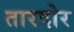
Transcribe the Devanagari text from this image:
तारदोर